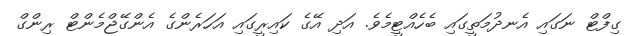
ގިފްޓް ނަގައި އެނދުމަތީގައި ބެހެއްޓީމެވެ. އަދި އޭގެ ކައިރީގައި އަހަރެންގެ އެންގޭޖްމެންޓް ރިންގް